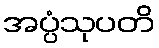
အပ္ပံသုပတိ